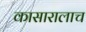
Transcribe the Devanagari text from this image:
कासारालाच